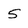
Character: 5